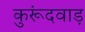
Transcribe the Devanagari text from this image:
कुरूंदवाड़